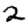
Digit: 2